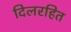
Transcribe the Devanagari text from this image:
दिलरहित